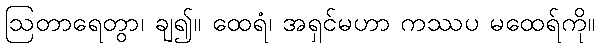
ဩတာရေတွာ၊ ချ၍။ ထေရံ၊ အရှင်မဟာ ကဿပ မထေရ်ကို။